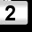
Digit: 2